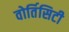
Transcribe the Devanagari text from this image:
वोर्तिसिटी